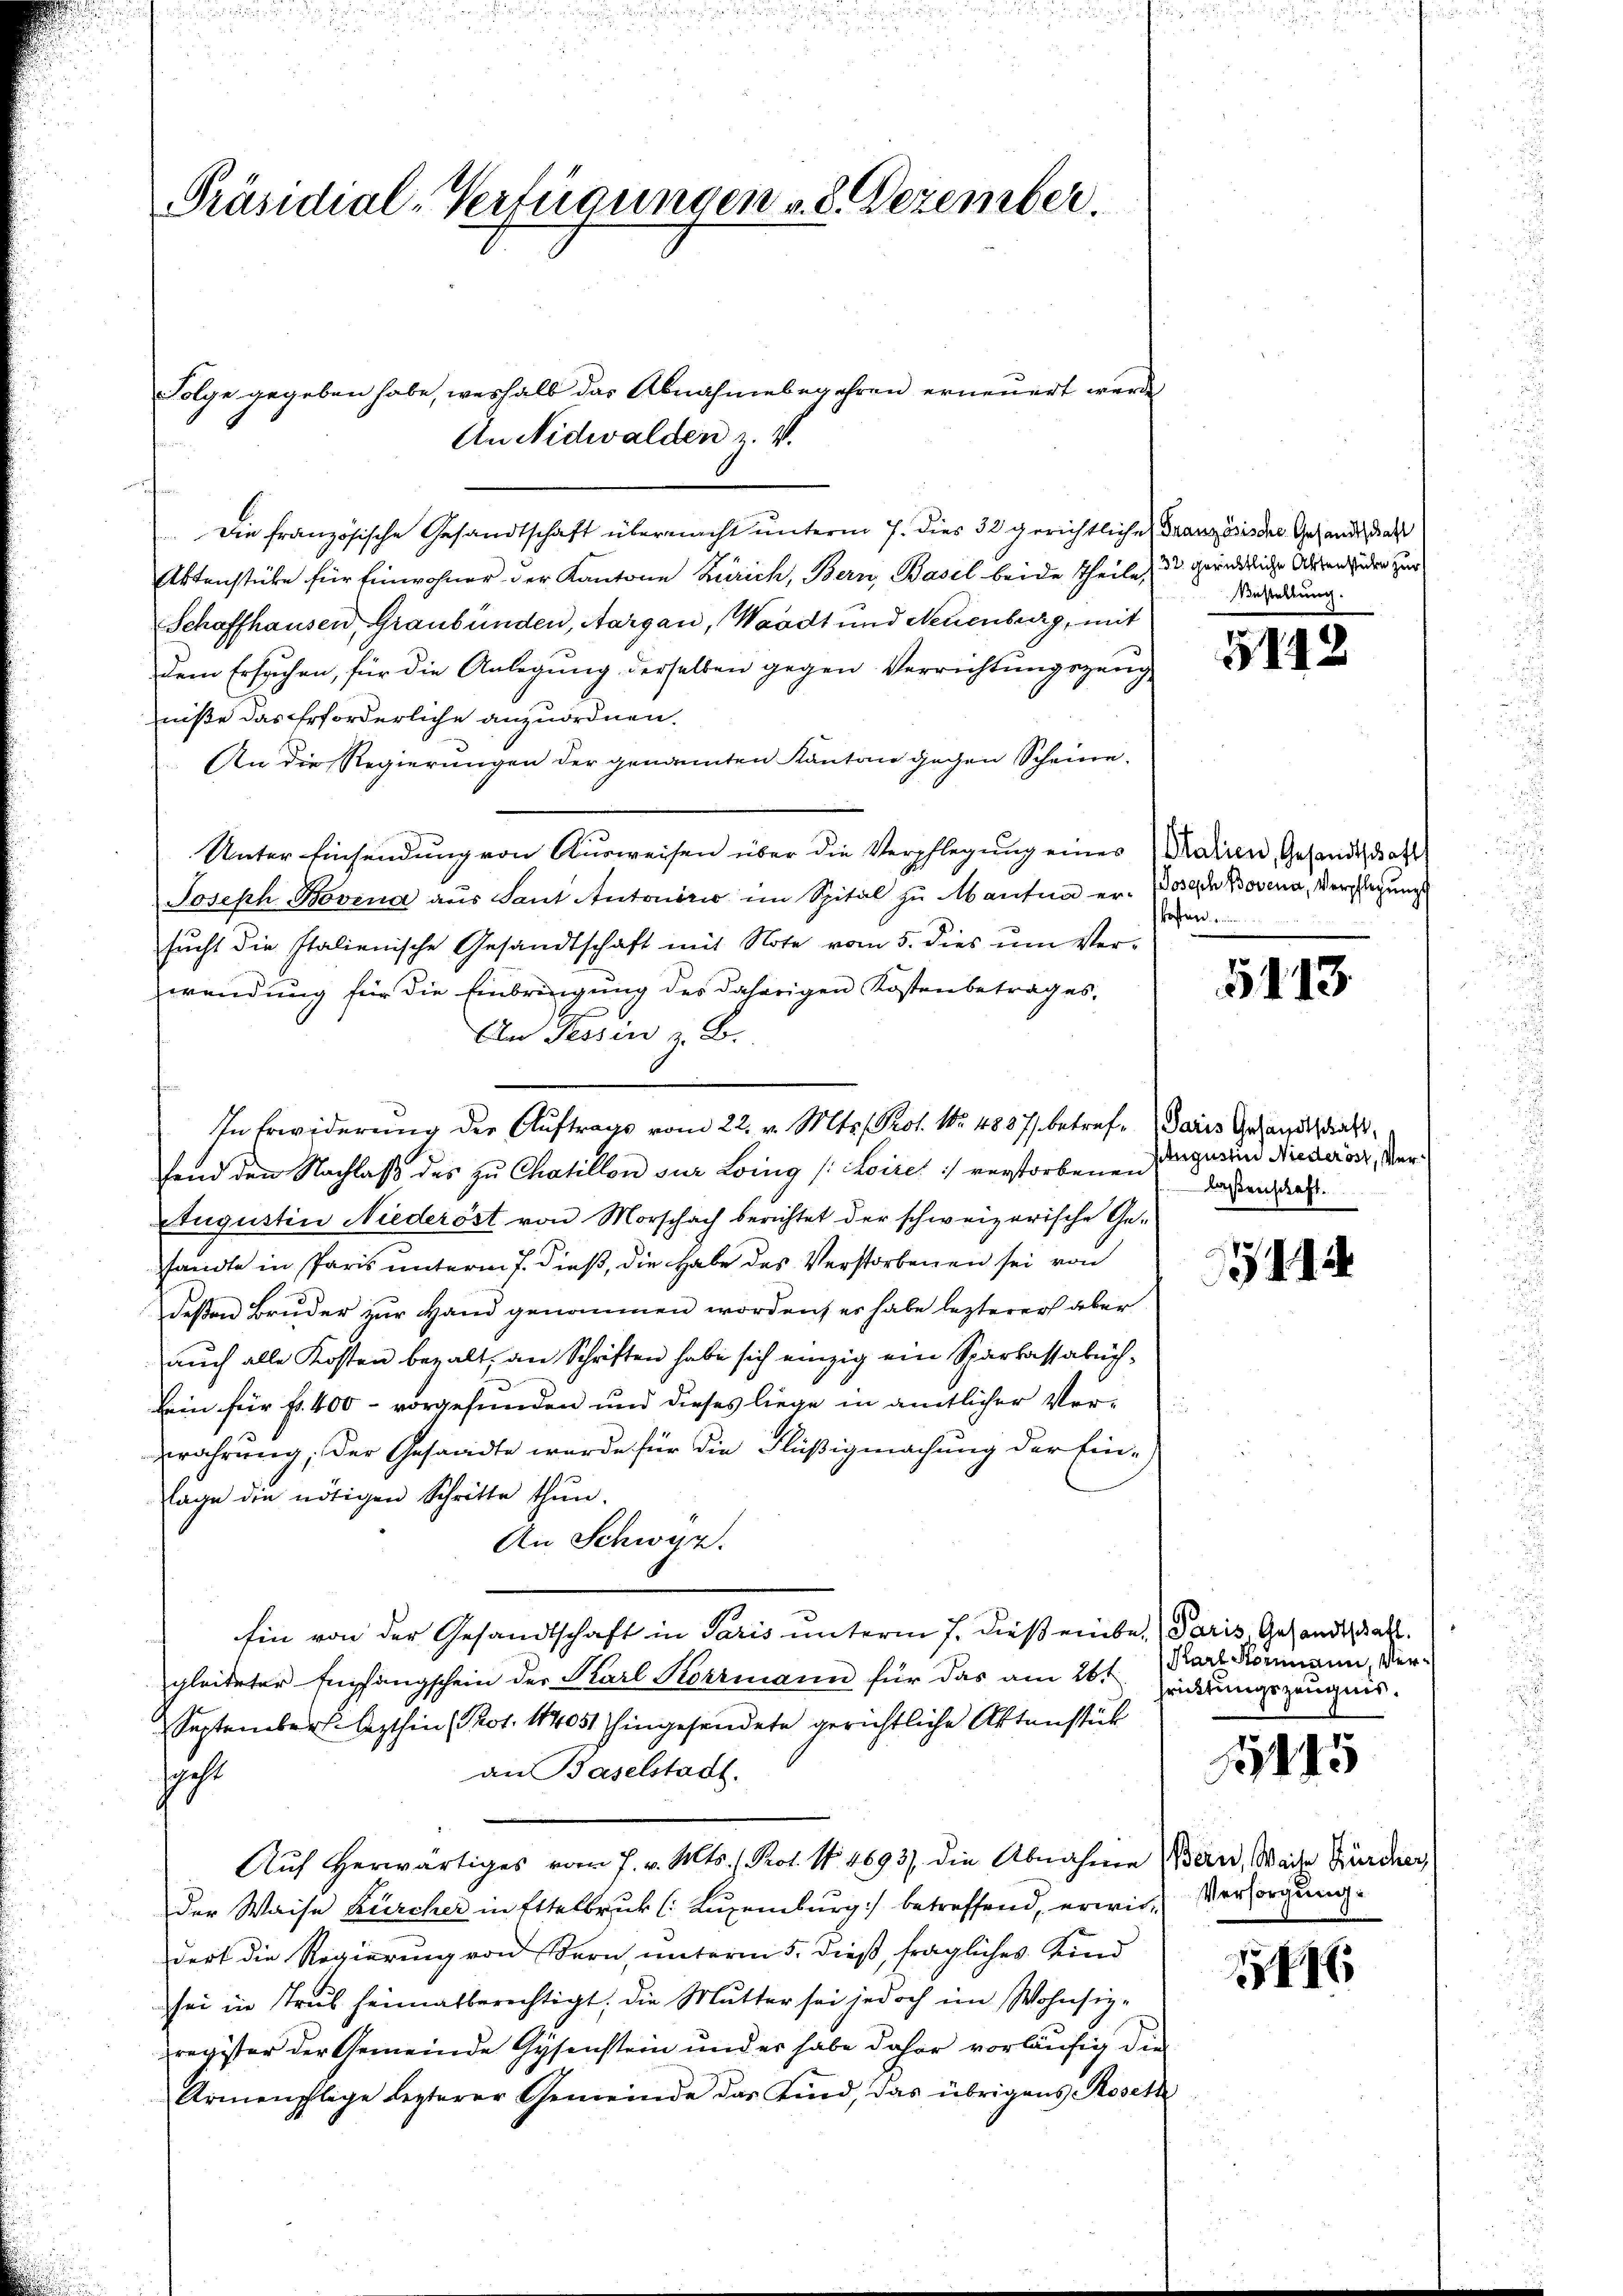
Präsidial-Verfügungen v. 8. Dezember.

.Die französische Gesandtschaft übermacht unterm 7. dies 32 gerichtliche Französis der Gesandt, daß
Aktenstücke für Einwohner der Kantone Zürich, Bern, Basel beide Theile, 3 gerndliche Wesen der zur
Schaffhausen, Graubünden, Aargau, Waadt und Neuenburg, mit
dem Ersuchen, für die Anlegung derselben gegen Verrichtungszeug
niße das Erforderliche anzuordnen.
An die Regierungen der genannten Kanton gegen Scheine.
Unter Einsendung von Aŭsweisen über die Verpflegŭng einer Patien, Gesandtschaft
Joseph Bovina aus Sant Antoniri im Spital zu Mantua er doch Bovena, Verlegungs
sŭcht die Italienische Gesandtschaft mit Note vom 5. dies ŭm Ver-
wendung für die Einbringung des daherigen Kostenbetrages,
An Tessin z. B.
fend den Nachlaß des zu Chaillon zur Ling (:Loire :/ verstorbenen
Augustin Niederöst von Morschach berichtet der schweizerische Gesandte in Paris unterm 7. dieß, die habe des Verstorbenen sei von
deßen Bruder zur Hand genommen worden, es habe lezterer aber
aŭch alle Kosten bezalt an Schriften habe sich einzig ein Sparkassabuch-
Bein für fl. 400 - vorgefunden und dieses liege in amtlicher Verwrahrung; der Gesandte wurde für die Flüßigmachung der Einlage die nötigen Schritte thŭn.
An Schwyz.
Ein von der Gesandtschaft in Paris unterm 7. dieß einbe,) Paris Gesandtschaft.
gleiteter Empfangschein der Karl Korrmann für das am 26. Jederungszeugnis.
September lezthin (Prot. 14051 hingesendete gerichtliche Aktenstück
an Baselstadt.
sacht
Auf herwärtiges vom 7. v. Mts. 1. Prot. No. 4693) die Abnahme Wein, Weite Zürcher,
der Waise Bürcher in Ettelbruk (Luxenburg) betreffend, erwie-Versorgung
dert die Regierung von Bern, unterm 5. dieß, fragliches Kind
sei in Trub heimatberechtigt, die Mutter sei jedoch im Wohnsizregister der Gemeinde Gysenstein und er habe daher vorläufig die
Armenschlage lezterer Gemeinde das Kind, das übrigens Roset

Folge gegeben habe, weshalb das Abnahmebegehren erneuert werde
An Nidwalden z. V.

In Erwiderung der Auftrags vom 22. v. Mts. Prof. No. 1887 betref Paris Gesandthdickt,

Bestellung.

5142

otier

5413

Augustin Niederöst, Verlaßenschaft.

Karl Kommann, Ver¬

15115

1416